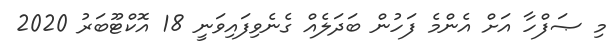
މި ޞަފްހާ އަށް އެންމެ ފަހުން ބަދަލެއް ގެނެވިފައިވަނީ 18 އޮކްޓޫބަރު 2020